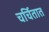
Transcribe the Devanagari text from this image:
चर्चितात